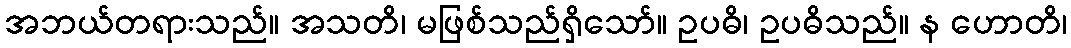
အဘယ်တရားသည်။ အသတိ၊ မဖြစ်သည်ရှိသော်။ ဥပဓိ၊ ဥပဓိသည်။ န ဟောတိ၊